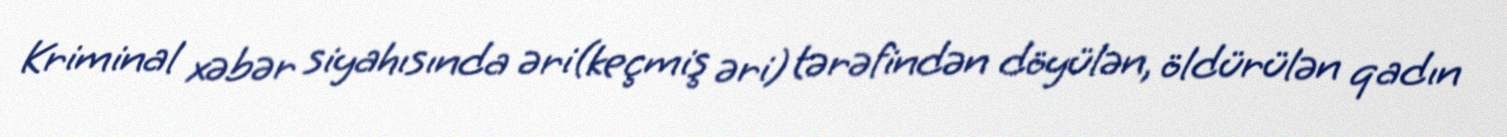
Kriminal xəbər siyahısında əri(keçmiş əri) tərəfindən döyülən, öldürülən qadın